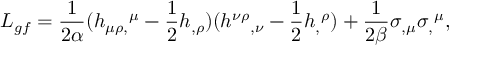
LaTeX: { \cal L } _ { g f } = { \frac { 1 } { 2 \alpha } } ( h _ { \mu \rho , } { } ^ { \mu } - { \frac { 1 } { 2 } } h _ { , \rho } ) ( h ^ { \nu \rho } { } _ { , \nu } - { \frac { 1 } { 2 } } h _ { , } { } ^ { \rho } ) + { \frac { 1 } { 2 \beta } } \sigma _ { , \mu } \sigma _ { , } { } ^ { \mu } ,